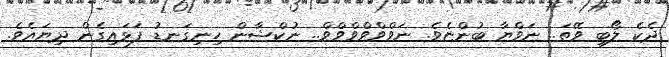
ދެކެ ލޯބި ވޭތަ.. ނަވްޔާ ބުންޏެވެ. ނަވްވްވްވްވްވް.. ނުކްޝާން ހިނިގަނޑު ފަޅައިގެން ދިޔައެވެ.